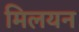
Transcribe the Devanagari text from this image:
मिलयन